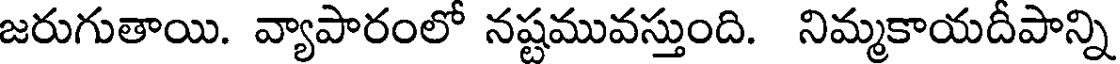
జరుగుతాయి. వ్యాపారంలో నష్టమువస్తుంది. నిమ్మకాయదీపాన్ని